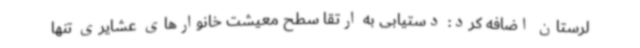
لرستان اضافه کرد: دستیابی به ارتقا سطح معیشت خانوارهای عشایری تنها